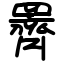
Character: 䍤